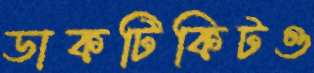
ডাকটিকিটও